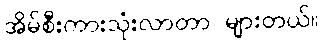
အိမ်စီးကားသုံးလာတာ များတယ်။